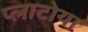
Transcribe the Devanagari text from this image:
प्लाटोया